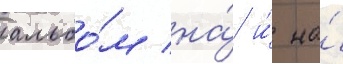
альбо́м на́ и́ на́